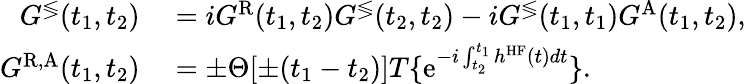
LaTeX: \begin{array}{rl}{G^{\lessgtr}(t_{1},t_{2})}&{{}=iG^{\mathrm{R}}(t_{1},t_{2})G^{\lessgtr}(t_{2},t_{2})-iG^{\lessgtr}(t_{1},t_{1})G^{\mathrm{A}}(t_{1},t_{2}),}\\ {G^{\mathrm{R,A}}(t_{1},t_{2})}&{{}=\pm\Theta[\pm(t_{1}-t_{2})]T\{ \mathrm{e}^{-i\int_{t_{2}}^{t_{1}}h^{\textrm{HF}}(t)dt}\} .}\end{array}